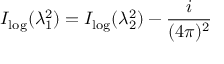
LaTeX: I _ { \log } ( \lambda _ { 1 } ^ { 2 } ) = I _ { \log } ( \lambda _ { 2 } ^ { 2 } ) - \frac { i } { ( 4 \pi ) ^ { 2 } }